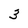
Character: 3